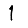
Digit: 1